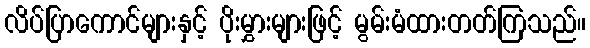
လိပ်ပြာကောင်များနှင့် ပိုးမွှားများဖြင့် မွမ်းမံထားတတ်ကြသည်။